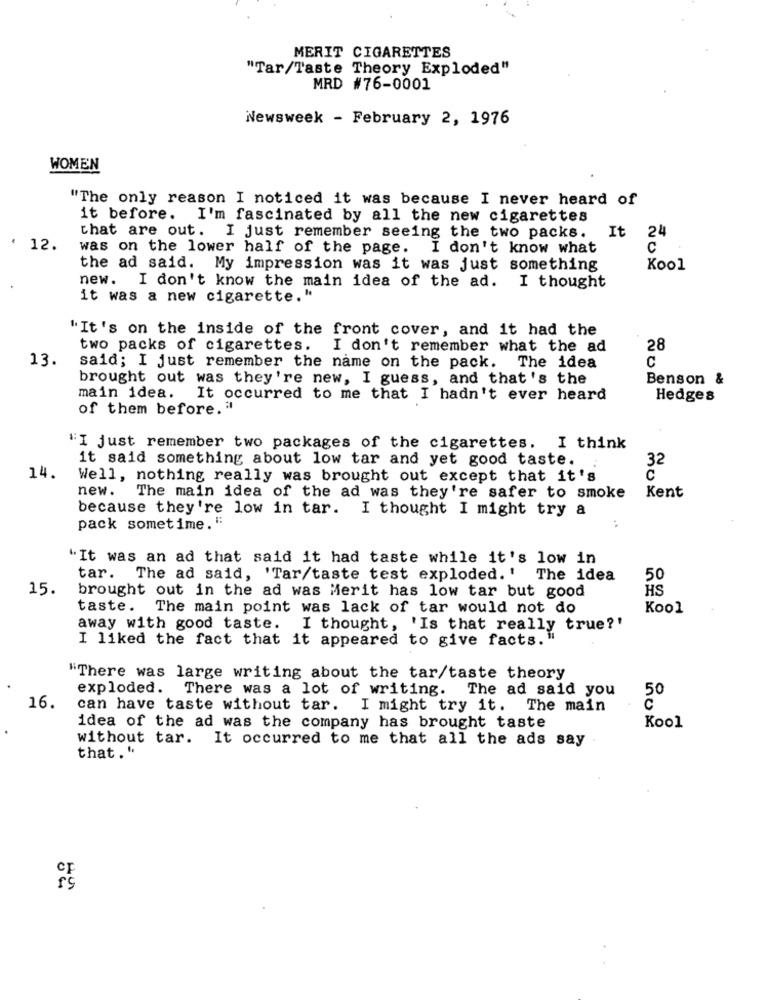
MERIT CIGARETTES
"Tar/Taste Theory Exploded"
MRD #76-0001
Newsweek - February 2, 1976
WOMEN
"The only reason I noticed it was because I never heard of
it before. I'm fascinated by all the new cigarettes
that are out. I just remember seeing the two packs.
It
24
: 12.
was on the lower half of the page. I don't know what
C
the ad said. My impression was it was just something
Kool
new. I don't know the main idea of the ad. I thought
it was a new cigarette."
"It's on the inside of the front cover, and it had the
two packs of cigarettes.
I don't remember what the ad
28
13.
C
said; I just remember the name on the pack. The idea
brought out was they're new, I guess, and that's the
Benson &
main idea.
It occurred to me that I hadn't ever heard
Hedges
of them before. "
"I just remember two packages of the cigarettes. I think
it said something about low tar and yet good taste.
32
14.
Well, nothing really was brought out except that it's
C
Kent
new. The main idea of the ad was they're safer to smoke
because they're low in tar. I thought I might try a
pack sometime.":
"It was an ad that said it had taste while it's low in
tar. The ad said, 'Tar/taste test exploded.' The idea
50
15.
brought out in the ad was Merit has low tar but good
HS
taste.
The main point was lack of tar would not do
Kool
away with good taste. I thought, 'Is that really true?'
I liked the fact that it appeared to give facts."
"There was large writing about the tar/taste theory
exploded. There was a lot of writing. The ad said you
50
16.
can have taste without tar. I might try it. The main
idea of the ad was the company has brought taste
Kool
without tar. It occurred to me that all the ads say
that."